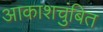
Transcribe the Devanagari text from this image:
आकाशचुंबित